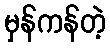
မှန်ကန်တဲ့